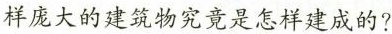
样庞大的建筑物究竟是怎样建成的?